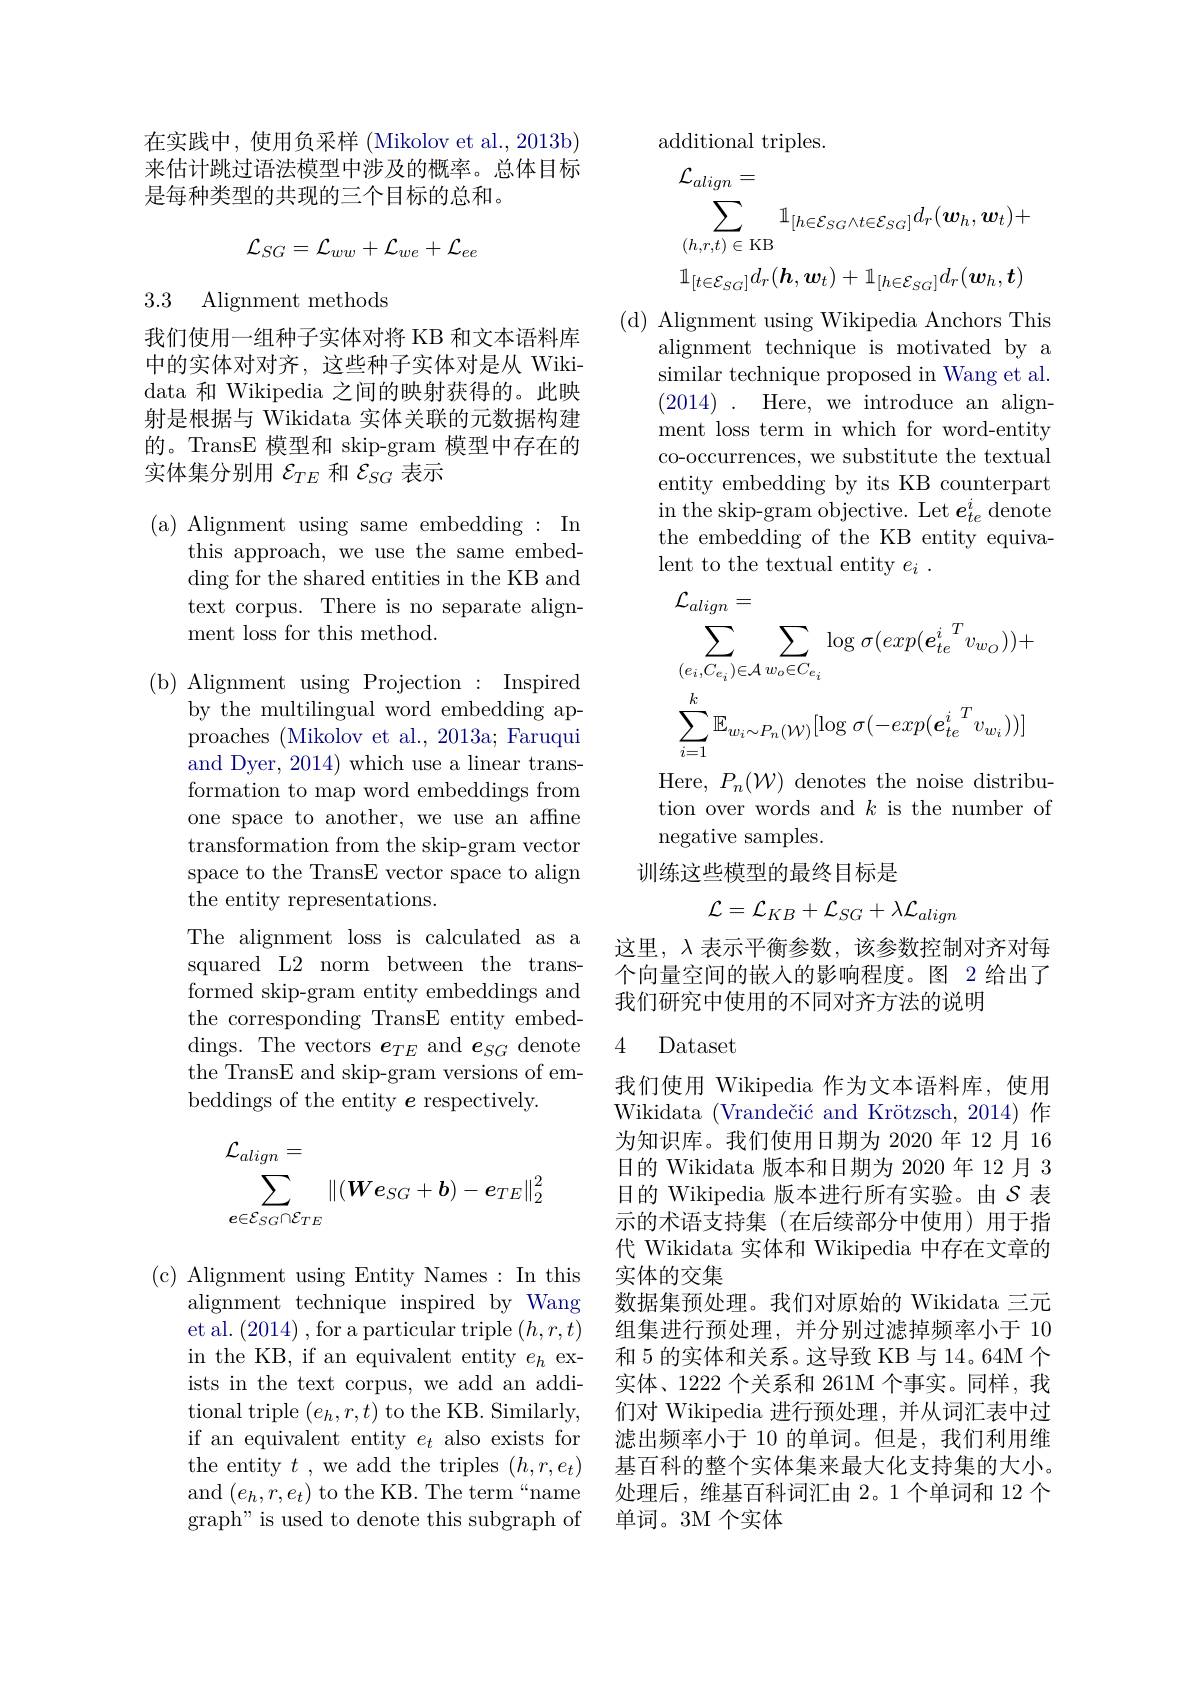
在实践中，使用负采样(Mikolov et al., 2013b) 来估计跳过语法模型中涉及的概率。总体目标是每种类型的共现的三个目标的总和。
$$\mathcal{L}_{SG}=\mathcal{L}_{ww}+\mathcal{L}_{we}+\mathcal{L}_{ee}$$
3.3 Alignment methods

我们使用一组种子实体对将 KB 和文本语料库中的实体对对齐，这些种子实体对是从 Wikidata 和 Wikipedia 之间的映射获得的。此映射是根据与 Wikidata 实体关联的元数据构建的。TransE 模型和 skip-gram 模型中存在的实体集分别用$\mathcal{E}_TE$和$\mathcal{E}_SG$表示

(a) Alignment using same embedding : In
this approach, we use the same embedding for the shared entities in the KB and text corpus. There is no separate alignment loss for this method.

( b) Alignment using Projection : Inspired
by the multilingual word embedding approaches (Mikolov et al., 2013a; Faruqui and Dyer, 2014) which use a linear transformation to map word embeddings from one space to another, we use an affine transformation from the skip-gram vector space to the TransE vector space to align the entity representations.
The alignment loss is calculated as a squared L2 norm between the transformed skip-gram entity embeddings and the corresponding TransE entity embeddings. The vectors $e_{TE}$ and $e_SG$ denote the TransE and skip-gram versions of embeddings of the entity $e$ respectively.
$$\begin{aligned}&\mathcal{L}_{align}=\\&\sum_{e\in\mathcal{E}_{SG}\cap\mathcal{E}_{TE}}\|(\boldsymbol{W}e_{SG}+\boldsymbol{b})-\boldsymbol{e}_{TE}\|_{2}^{2}\end{aligned}$$
( c) Alignment using Entity Names: In this
alignment technique inspired by Wang et al. (2014) , for a particular triple $(h,r,t)$ in the KB, if an equivalent entity $e_h$ exists in the text corpus, we add an addi- $\mathop{\mathrm{tional~triple~}}(e_{h},r,t)\mathop{\mathrm{to~the~KB.~Similarly}}$, if an equivalent entity $e_t$ also exists for the entity $t$ , we add the triples $(h,r,e_t)$ and$(e_h,r,e_t)$ to the KB. The term“name graph" is used to denote this subgraph of

additional triples.
$$\begin{aligned}&\mathcal{L}_{align}=\\&\sum_{(h,r,t)\in\mathrm{KB}}\mathbb{1}_{[h\in\mathcal{E}_{SG}\wedge t\in\mathcal{E}_{SG}]}d_{r}(\boldsymbol{w}_{h},\boldsymbol{w}_{t})+\\&\mathbb{1}_{[t\in\mathcal{E}_{SG}]}d_{r}(\boldsymbol{h},\boldsymbol{w}_{t})+\mathbb{1}_{[h\in\mathcal{E}_{SG}]}d_{r}(\boldsymbol{w}_{h},\boldsymbol{t})\end{aligned}$$
( d) Alignment using Wikipedia Anchors This
alignment technique is motivated by a similar technique proposed in Wang et al. (2014). Here, we introduce an alignment loss term in which for word-entity co-occurrences, we substitute the textual entity embedding by its KB counterpart in the skip-gram objective. Let $e_te^i$ denote the embedding of the KB entity equivalent to the textual entity $e_i$ .
$$\begin{aligned}&\mathcal{L}_{align}=\\&\sum_{(e_{i},C_{e_{i}})\in\mathcal{A}}\sum_{w_{o}\in C_{e_{i}}}\log\sigma(exp({\boldsymbol{e}_{te}^{i}}^{T}v_{w_{O}}))+\\&\sum_{i=1}^{k}\mathbb{E}_{w_{i}\sim P_{n}(\mathcal{W})}[\log\sigma(-exp({\boldsymbol{e}_{te}^{i}}^{T}v_{w_{i}}))]\end{aligned}$$
Here, $P_n(\mathcal{W})$ denotes the noise distribution over words and $k$ is the number of negative samples.
训练这些模型的最终目标是
$$\mathcal{L}=\mathcal{L}_{KB}+\mathcal{L}_{SG}+\lambda\mathcal{L}_{align}$$
这里，$\lambda$表示平衡参数，该参数控制对齐对每个向量空间的嵌人的影响程度。图 2 给出了我们研究中使用的不同对齐方法的说明

## 4 Dataset

我们使用 Wikipedia 作为文本语料库，使用Wikidata $( \text{Vrande\v {c}i\' {c}andKr\" {o}tzsch, 2014) 作 }$ 为知识库。我们使用日期为 2020 年 12 月 16日的 Wikidata 版本和日期为 2020 年 12 月 3日的 Wikipedia 版本进行所有实验。由$\mathcal{S}$ 表示的术语支持集(在后续部分中使用)用于指代 Wikidata 实体和 Wikipedia 中存在文章的实体的交集
数据集预处理。我们对原始的 Wikidata 三元组集进行预处理，并分别过滤掉频率小于 10和 5 的实体和关系。这导致 KB 与 14。64M 个实体、1222 个关系和 261M 个事实。同样，我们对 Wikipedia 进行预处理，并从词汇表中过滤出频率小于 10 的单词。但是，我们利用维基百科的整个实体集来最大化支持集的大小。处理后，维基百科词汇由 2。1 个单词和 12 个单词。3M 个实体